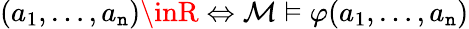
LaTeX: (a_{1},\ldots,a_{\mathtt{n}})\inR\Leftrightarrow{\mathcal{{M}}}\vDash\varphi(a_{1},\ldots,a_{\mathtt{n}})